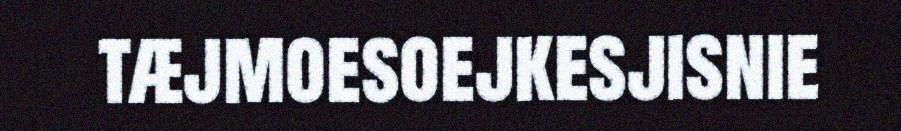
tæjmoesoejkesjisnie